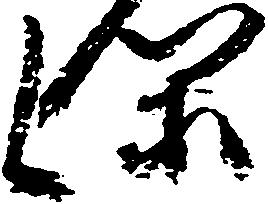
閑